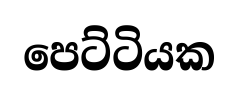
පෙට්ටියක